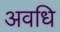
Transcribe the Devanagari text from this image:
अवधि